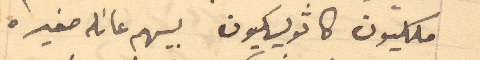
ملكيون كاثوليكيون بيهم عائله صغيره